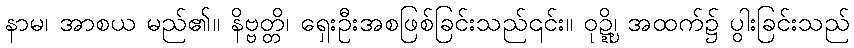
နာမ၊ အာစယ မည်၏။ နိဗ္ဗတ္တိ၊ ရှေးဦးအစဖြစ်ခြင်းသည်၎င်း။ ဝုဍ္ဍ္ဎိ၊ အထက်၌ ပွါးခြင်းသည်